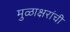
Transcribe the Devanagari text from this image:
मुळाक्षरांची